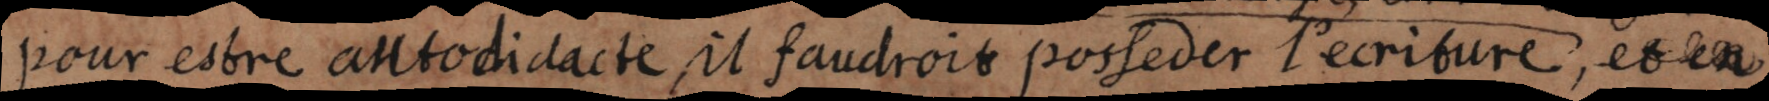
pour estre autodidacte, il faudroit posseder l’écriture, estre